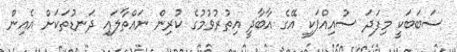
ސަބަބަކީ މިފަދަ ސުއިއްޕަކީ އޭގެ އާބާދީ އިތުރުވުމުގެ ކުރިން ނައްތާލައި ދަނޑުތަކަށް އެއިން